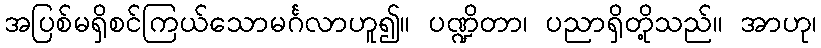
အပြစ်မရှိစင်ကြယ်သောမင်္ဂလာဟူ၍။ ပဏ္ဍိတာ၊ ပညာရှိတို့သည်။ အာဟု၊